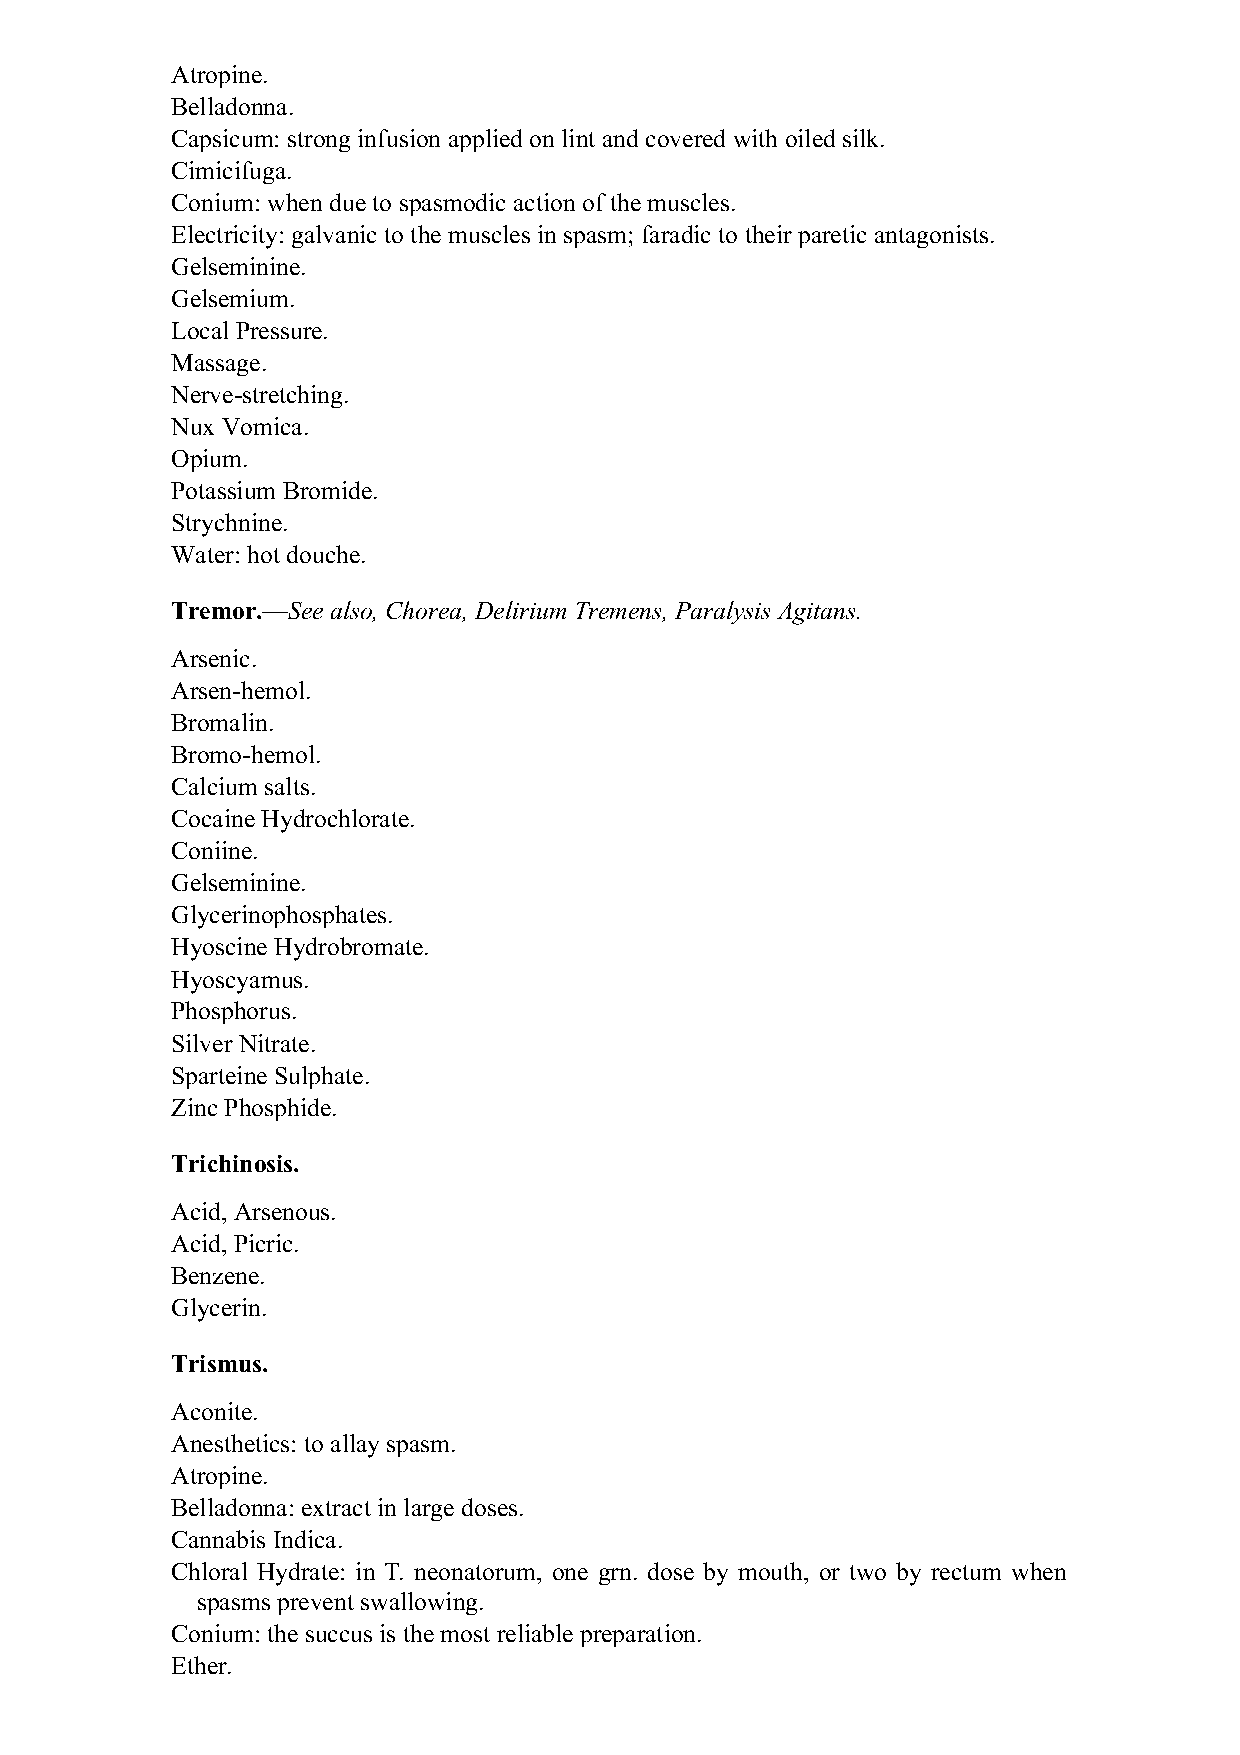
Atropine.
 Belladonna.
 Capsicum: strong infusion applied on lint and covered with oiled silk.
 Cimicifuga.
 Conium: when due to spasmodic action of the muscles.
 Electricity: galvanic to the muscles in spasm; faradic to their paretic antagonists.
 Gelseminine.
 Gelsemium.
 Local Pressure.
 Massage.
 Nerve-stretching.
 Nux Vomica.
 Opium.
 Potassium Bromide.
 Strychnine.
 Water: hot douche.
 Tremor.—See also, Chorea, Delirium Tremens, Paralysis Agitans.
 Arsenic.
 Arsen-hemol.
 Bromalin.
 Bromo-hemol.
 Calcium salts.
 Cocaine Hydrochlorate.
 Coniine.
 Gelseminine.
 Glycerinophosphates.
 Hyoscine Hydrobromate.
 Hyoscyamus.
 Phosphorus.
 Silver Nitrate.
 Sparteine Sulphate.
 Zinc Phosphide.
 Trichinosis.
 Acid, Arsenous.
 Acid, Picric.
 Benzene.
 Glycerin.
 Trismus.
 Aconite.
 Anesthetics: to allay spasm.
 Atropine.
 Belladonna: extract in large doses.
 Cannabis Indica.
 Chloral Hydrate: in T. neonatorum, one grn. dose by mouth, or two by rectum when
 spasms prevent swallowing.
 Conium: the succus is the most reliable preparation.
 Ether.